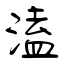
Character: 溘